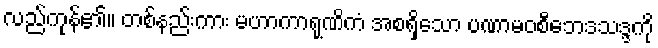
လည်ကုန်၏။ တစ်နည်းကား မဟာကာရုဏိကံ အစရှိသော ပဏာမဝစီဘေဒသဒ္ဒကို